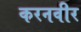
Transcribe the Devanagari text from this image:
करनवीर